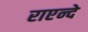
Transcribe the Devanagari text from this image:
राएन्दे